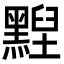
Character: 𪑺